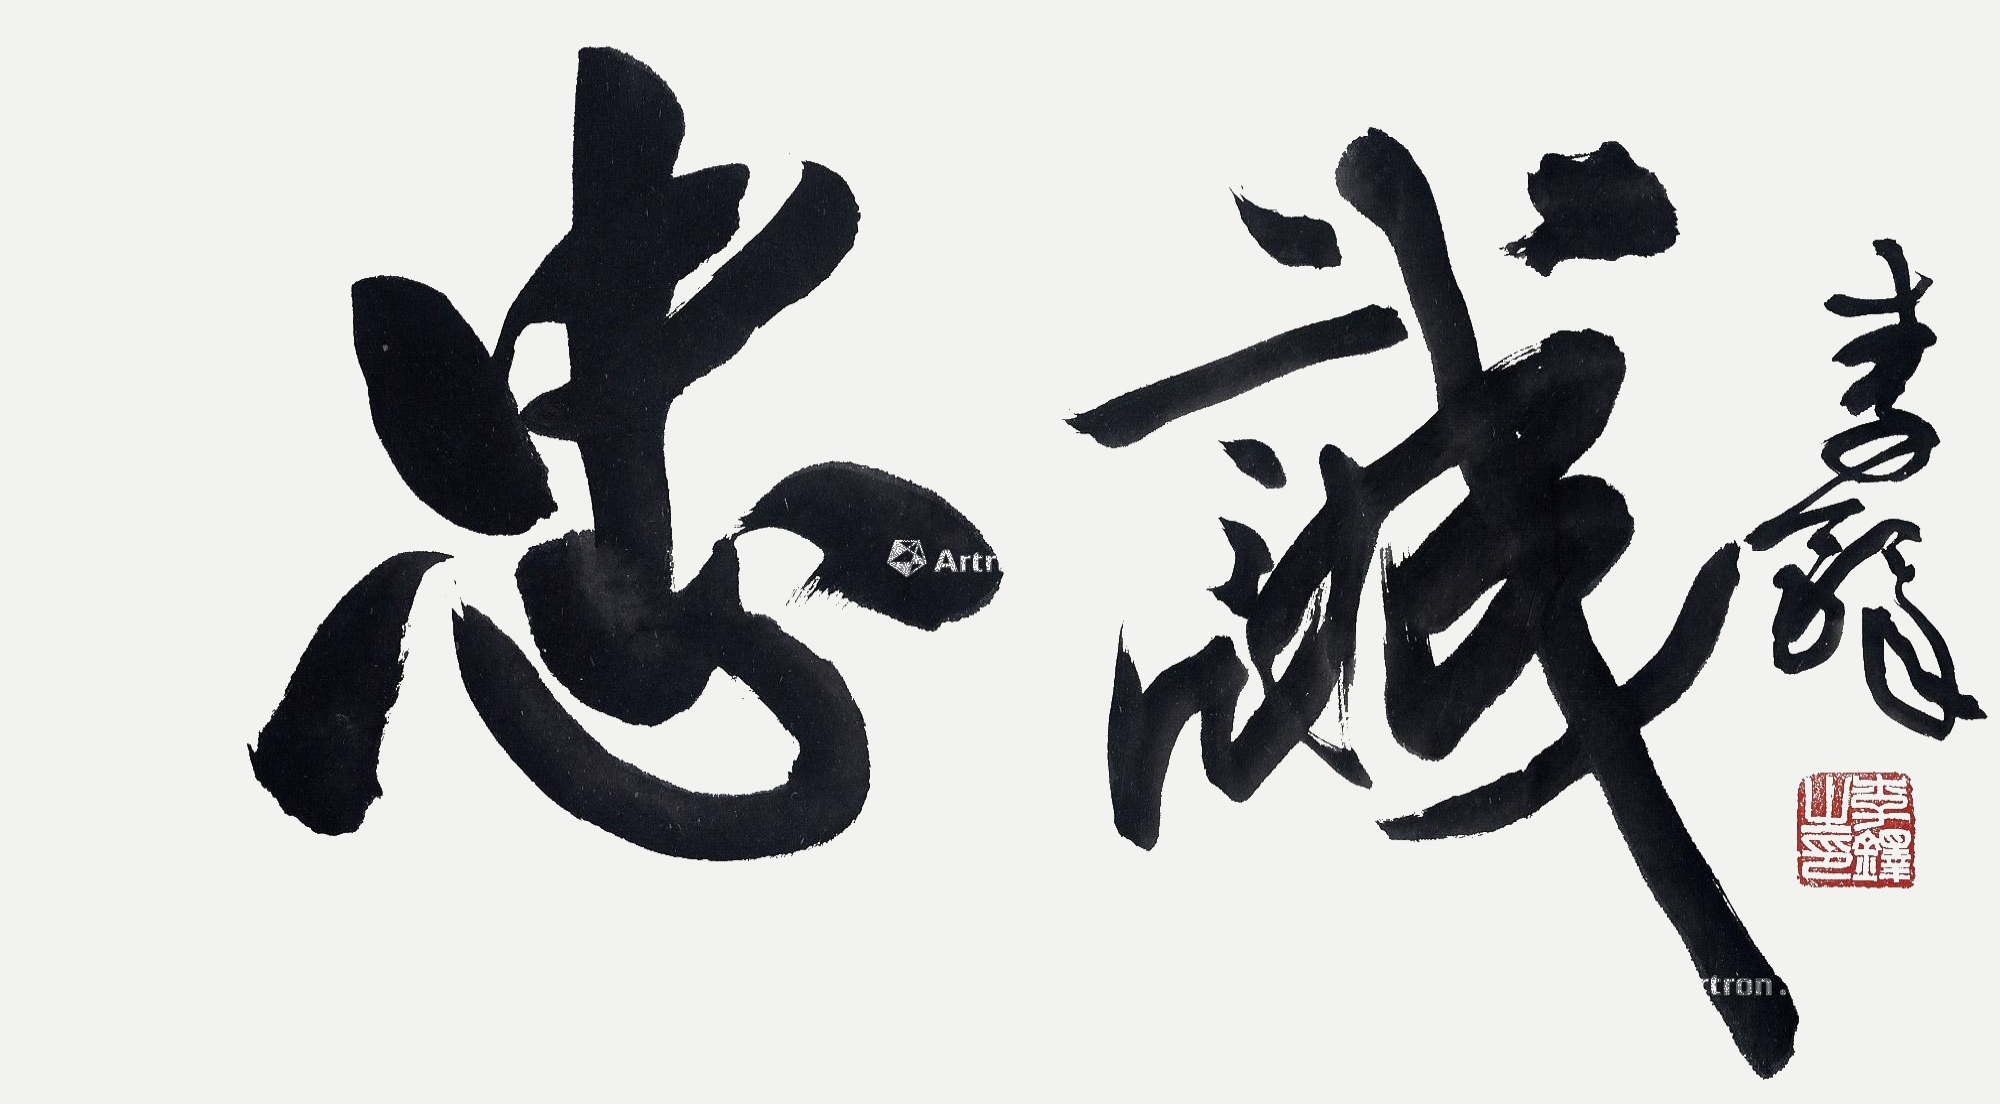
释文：忠诚。李铎。